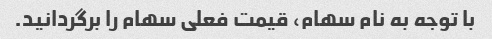
با توجه به نام سهام، قیمت فعلی سهام را برگردانید.